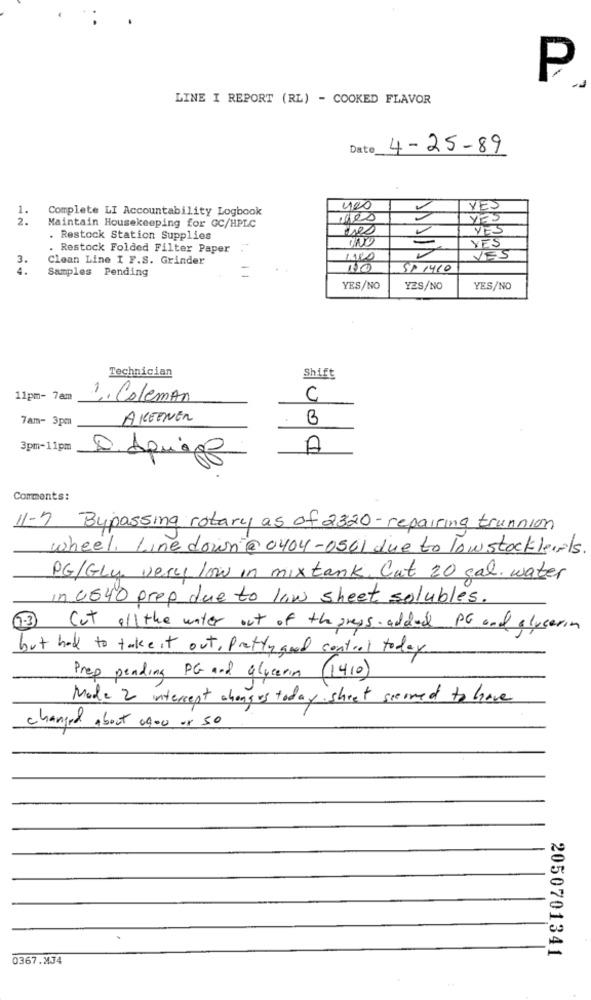
P
LINE I REPORT (RL) - COOKED FLAVOR
Date_
4-25-89
1.
Complete LI Accountability Logbook
400
YES
2.
des
YES
Maintain Housekeeping for GC/HPLC
YES
. Restock Station Supplies
YES
. Restock Folded Filter Paper
3.
Clean Line I F.S. Grinder
VES
4.
Samples Pending
SP 1460
YES/NO
YES/NO
YES/NO
Technician
Shift
11pm- 7am
1. Coleman
C
7am- 3pm
AREENER
B
3pm-11pm
A
D. Apupp
Comments:
11-7 Bypassing rotary as of 2320 - repairing trunnion
wheel. Line down @ 0404-0501 due to low stock levels.
PG/GLy very low in mixtank. Cut 20 gal. water
in 0640 prep due to low sheet solubles.
5.3 Cut all the water out of the press added PG and glyserin
but had to take it out, Pretty and control today
Prep pending PG and glycerin (1410)
Made 2 intercept changes today sheet sierned to have
changed about og00 or 50
2050701341
0367.MJ4